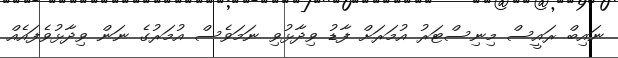
ނައިބް ރައީސް މިނިސްޓަރު އުމަރަށް ފާޑު ވިދާޅުވި ނަމަވެސް އުމަރުގެ ނަން ވިދާޅުވެފައެއް